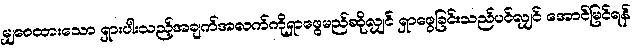
မျှဝေထားသော ရှားပါးသည့်အချက်အလက်ကိုရှာဖွေမည်ဆိုလျှင် ရှာဖွေခြင်းသည်ပင်လျှင် အောင်မြင်ရန်